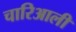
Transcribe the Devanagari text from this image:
चारिआली